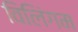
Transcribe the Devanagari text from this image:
विलिंगम